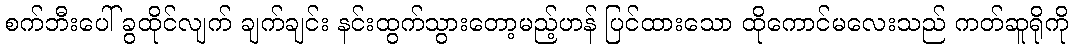
စက်ဘီးပေါ် ခွထိုင်လျက် ချက်ချင်း နင်းထွက်သွားတော့မည့်ဟန် ပြင်ထားသော ထိုကောင်မလေးသည် ကတ်ဆူရိုကို